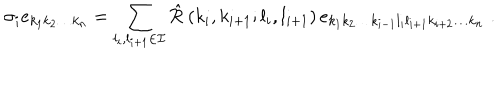
\sigma _ { i } e _ { k _ { 1 } k _ { 2 } \ldots k _ { n } } = \sum _ { l _ { i } , l _ { i + 1 } \in { \cal I } } { \hat { \cal R } } \left( k _ { i } , k _ { i + 1 } ; l _ { i } , l _ { i + 1 } \right) e _ { k _ { 1 } k _ { 2 } \ldots k _ { i - 1 } l _ { i } l _ { i + 1 } k _ { i + 2 } \ldots k _ { n } } \; .